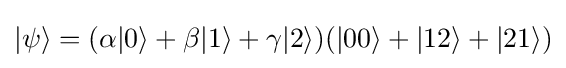
|\mathrm {\psi } \rangle =(\alpha |0\rangle +\beta |1\rangle +\gamma |2\rangle )(|00\rangle +|12\rangle +|21\rangle )